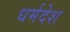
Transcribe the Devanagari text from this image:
धर्मदेश